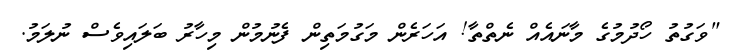
"ވަގުތު ހޯދުމުގެ މާނައެއް ނެތްތާ! އަހަރެން މަގުމަތިން ފެނުމުން މިހާރު ބަލައިވެސް ނުލަމު.